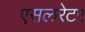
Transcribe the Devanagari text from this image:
एसलरेटर